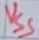
Text: VSS